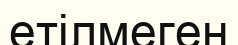
етілмеген